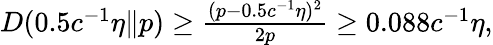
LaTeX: \begin{array}{r}{D(0.5c^{-1}\eta\| p)\ge\frac{(p-0.5c^{-1}\eta)^{2}}{2p}\ge 0.088c^{-1}\eta,}\end{array}